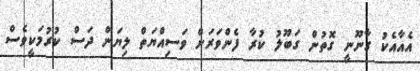
އެއާއެކު ގާނޫނީ ގޮތުން ގަބޫލު ކުރާ ފެންވަރަށް ވަސިއްޔަތް ލިޔަން ދަސް ކުރުމަކީވެސް